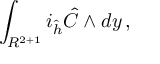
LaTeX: \int _ { R ^ { 2 + 1 } } i _ { \hat { h } } { \hat { C } } \wedge d y \, ,